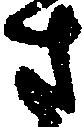
さ